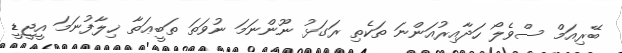
ބޭރިއަމް ސްވެލޯ ހަދާއިރުއަންނަ ތަކެތި ރަގަޅު ނޫންނަމަ ނުވަތަ ތަބީޢަތާ ޚިލާފުނަމަ އީޖީޑީ